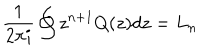
\frac { 1 } { 2 \pi i } \oint z ^ { n + 1 } Q ( z ) d z = L _ { n }